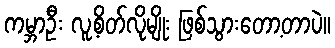
ကမ္ဘာဦး လူ့စိတ်လိုမျိုး ဖြစ်သွားတော့တာပဲ။